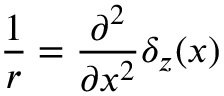
\frac { 1 } { r } = \frac { \partial ^ { 2 } } { \partial x ^ { 2 } } \delta _ { z } ( x )